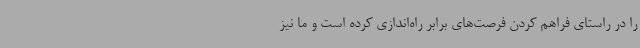
را در راستای فراهم کردن فرصت‌های برابر راه‌اندازی کرده‌ است و ما نیز